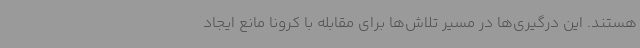
هستند. این درگیری‌ها در مسیر تلاش‌ها برای مقابله با کرونا مانع ایجاد